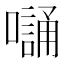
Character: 𭋭